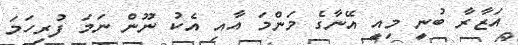
އަޒާރާ ބުނީ މިއީ އޭނާގެ މަންމަ އާއި އެކު ނޫން ނަމަ ފުރިހަމަ